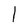
Character: l